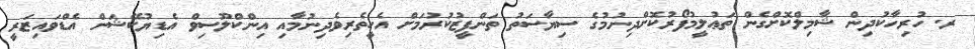
ރ. ހުރިހާކުދިން ޝާމިލްކޮށްގެން ތަޢުލީމުފޯރުކޮށްދިނުމުގެ ސިޔާސަތު ތަންފީޒުކުރުމަށް އެހީތެރިވެދިނުމާއި އިންކްލޫސިވް އެޑިޔުކޭޝަން އެޑްވައިޒަރީ